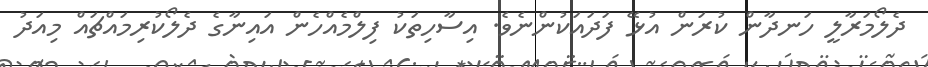
ދެލޯމަރާލީ ހަނދާން ކުރަން އުޅޭ ފަދައަކުންނެވެ. އިސާހިތަކު ފިލްމެއްހެން އައިނާގެ ދެލޯކުރިމައްޗައް މިއަދު